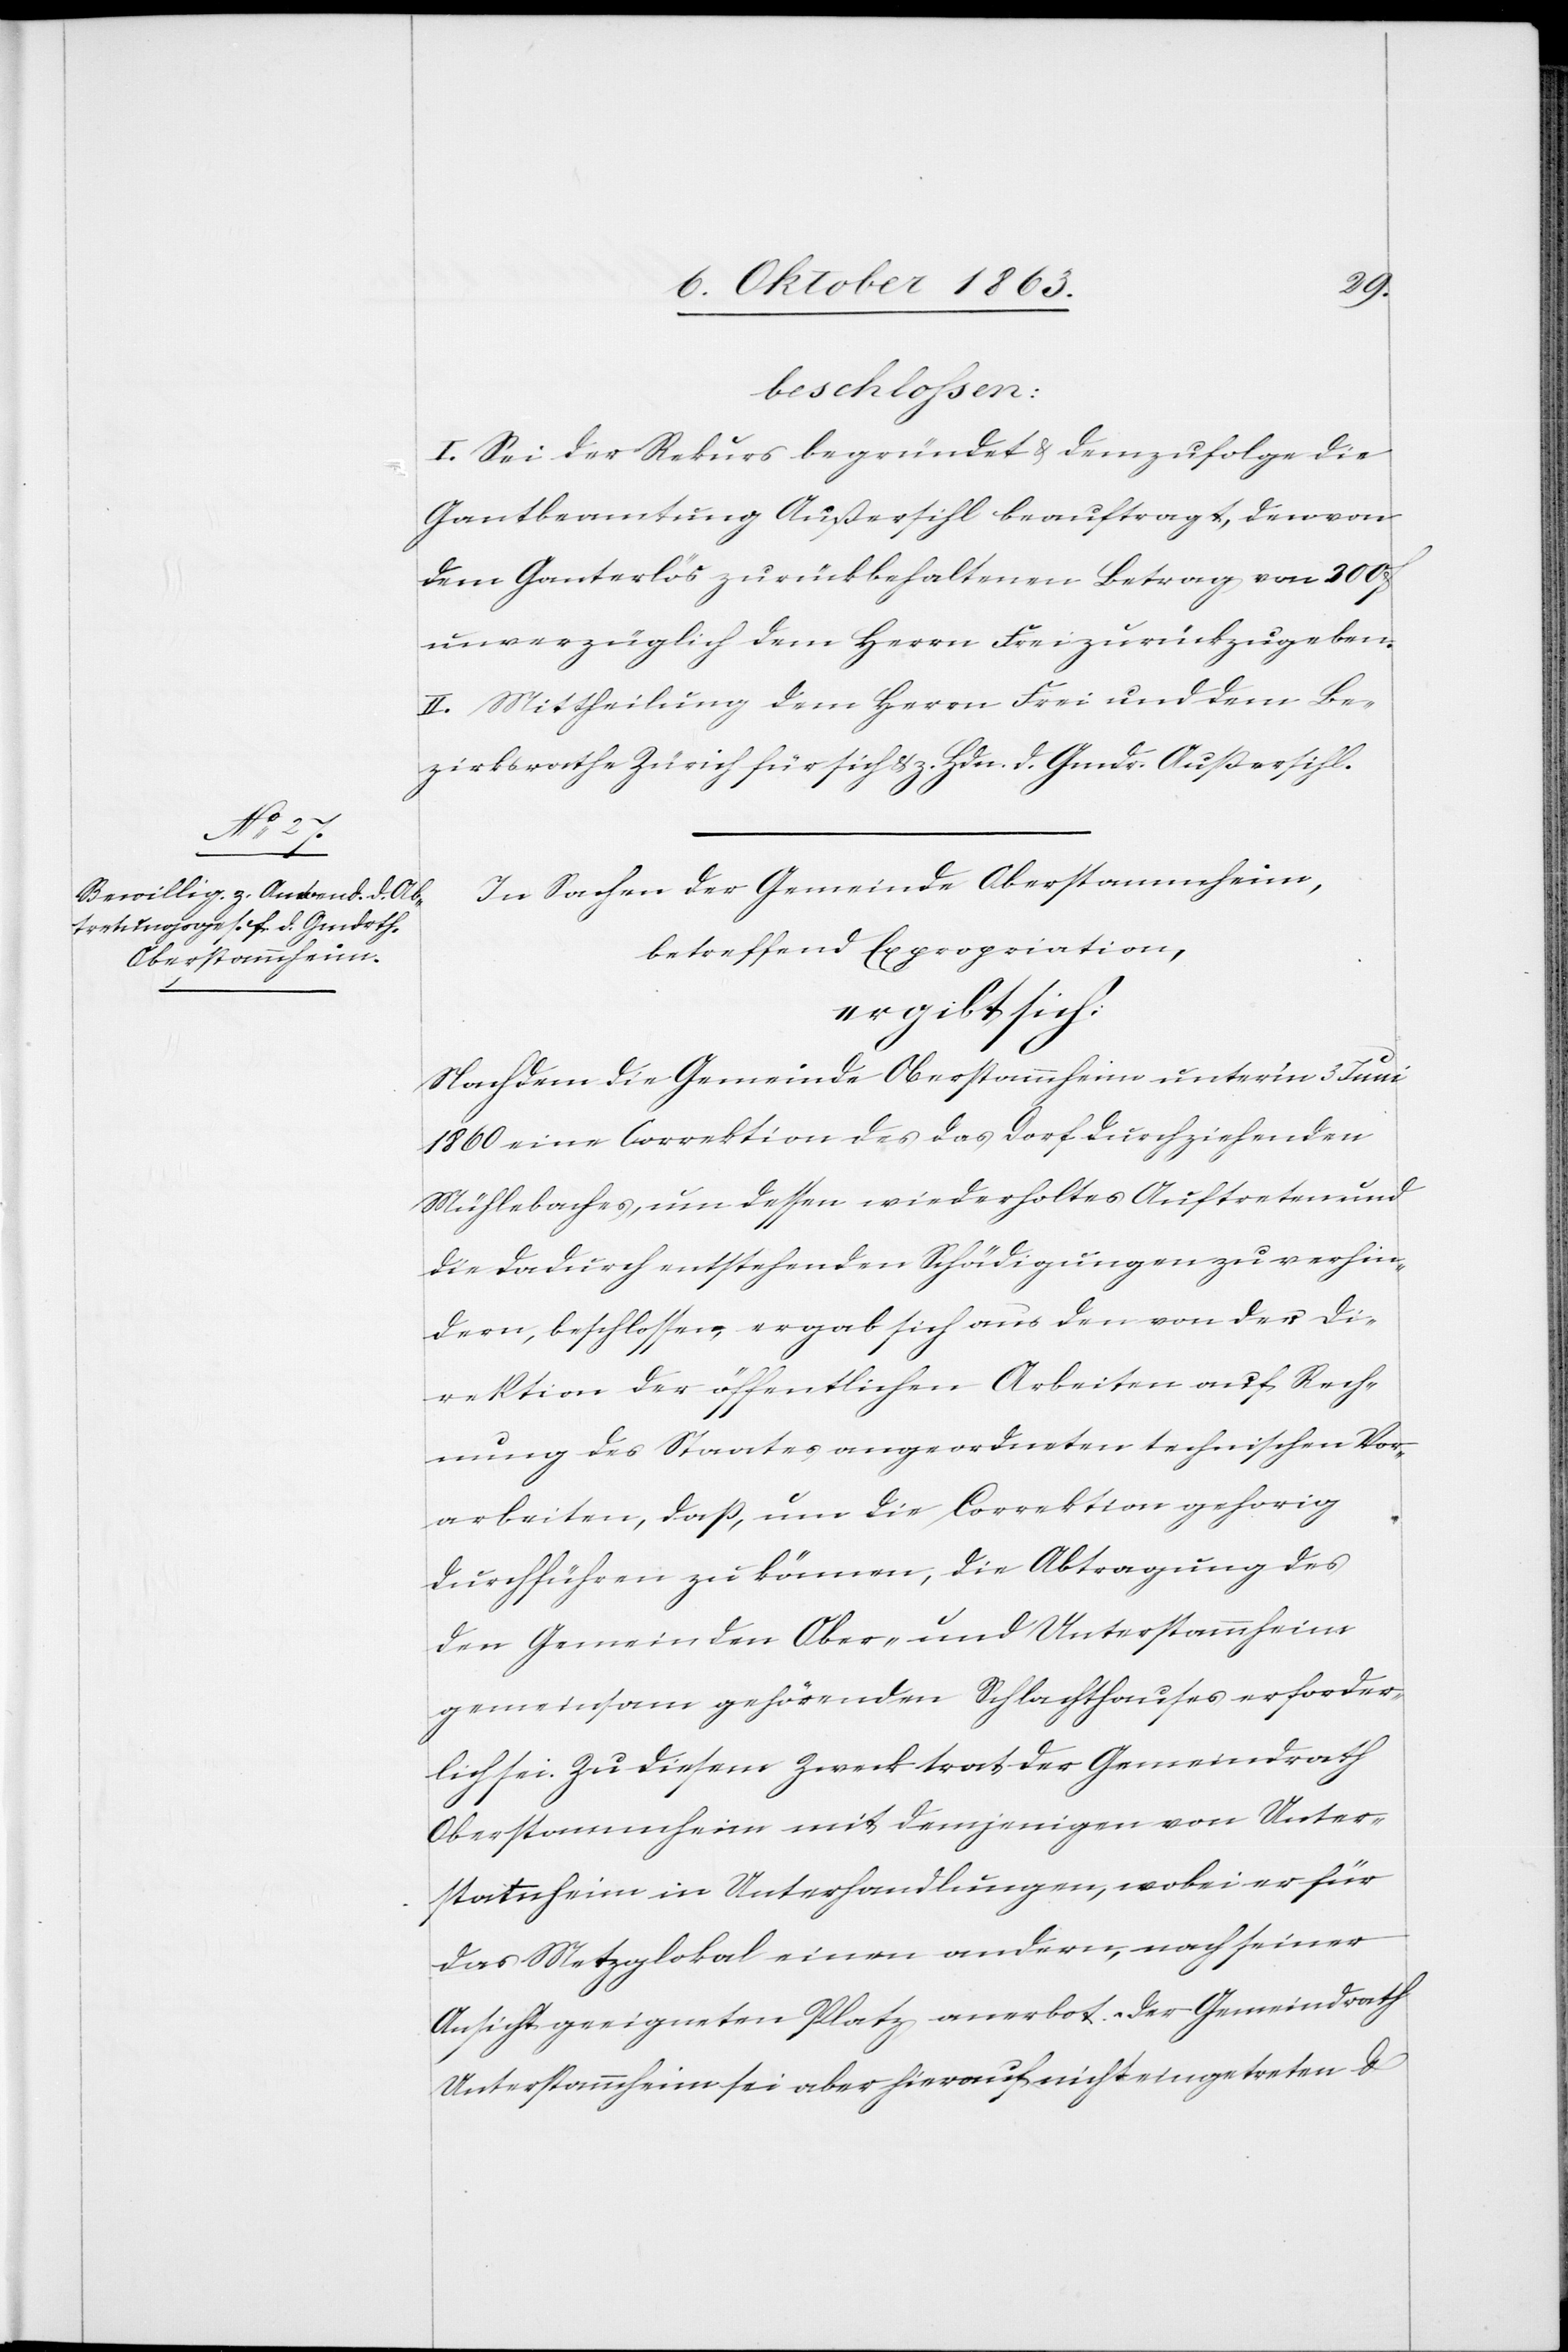
beschlossen:
I. Sei der Rekurs begründet & demzufolge die
Gantbeamtung Außersihl beauftragt, den von
dem Ganterlös zu rückbehaltenen Betrag von 300 f.
unverzüglich dem Herrn Frei zurückzugeben.
II. Mittheilung dem Herrn Frei und dem Be¬
zirksrathe Zürich für sich & z. Hdn. d. Gmds. Außersihl.
In Sachen der Gemeinde Oberstammheim,
betreffend Expropriation,
ergibt sich:
Nachdem die Gemeinde Oberstammheim unter'm 3 Juni
1860 eine Correktion des das Dorf durchziehenden
Mühlebaches, um dessen wiederholtes Auftreten und
die dadurch entstehenden Schädigungen zu verhin¬
dern, beschlossen, ergab sich aus den von der Di¬
rektion der öffentlichen Arbeiten auf Rech¬
nung des Staates angeordneten technischen Vor¬
arbeiten, daß, um die Correktion gehorig
durchführen zu können, die Abtragung des
den Gemeinden Ober- und Unterstammheim
gemeinsam gehörenden Schlachthauses erforder¬
lich sei. Zu diesem Zweck trat der Gemeindrath
Oberstammheim mit demjenigen von Unters¬
tammheim in Unterhandlungen, wobei er für
das Metzglokal einen andern, nach seiner
Ansicht geeigneten Platz anerbot. Der Gemeindrath
Unterstammheim sei aber hierauf nicht eingetreten u.